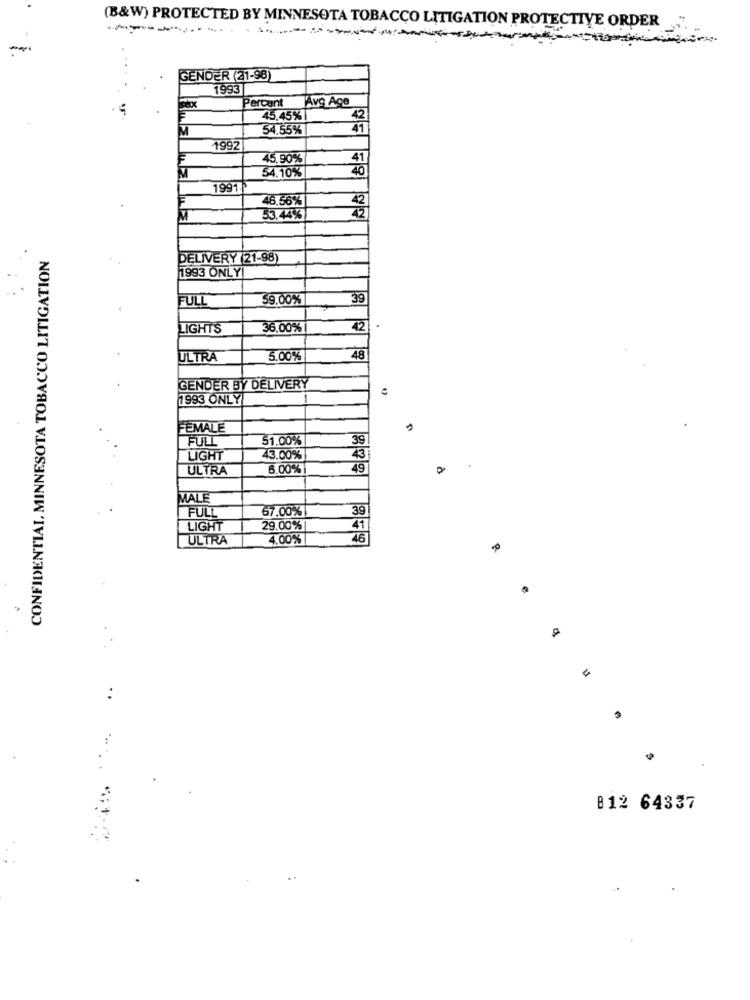
(B&W) PROTECTED BY MINNESOTA TOBACCO LITIGATION PROTECTIVE ORDER
-
-
GENDER (21-98)
1993
Percunt
Avg Ace
45,45% |
54.55%
1992
45.90%
41
54.10%
40
1991.
46.56%
42
53.44%
CONFIDENTIAL, MINNESOTA TOBACCO LITIGATION
DELIVERY (21-98)
1993 ONLY!
FULL
59.00%
39
LIGHTS
36.00%
42
ULTRA
5.00%
48
GENDER BY DELIVERY
1993 ONLY
FEMALE
FULL
51.00%
39
LIGHT
43.00%
43
ULTRA
6.00%
49
MALE
FULL
67.00%
39
LIGHT
29.00%
41
ULTRA
4.00%
46
812 64337